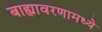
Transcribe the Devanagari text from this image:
बाह्यावरणामध्ये